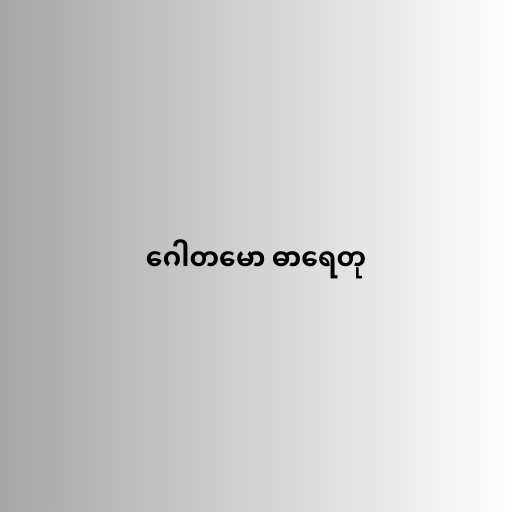
ဂေါတမော ဓာရေတု